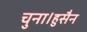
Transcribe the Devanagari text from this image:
चुना।हुसैन